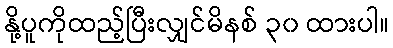
နို့ပူကိုထည့်ပြီးလျှင်မိနစ် ၃၀ ထားပါ။